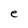
Character: e